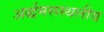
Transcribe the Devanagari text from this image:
अर्द्धमरूस्थलीय